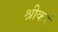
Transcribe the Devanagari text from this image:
श्रीकरं